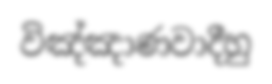
විඤ්ඤාණවාදීහු